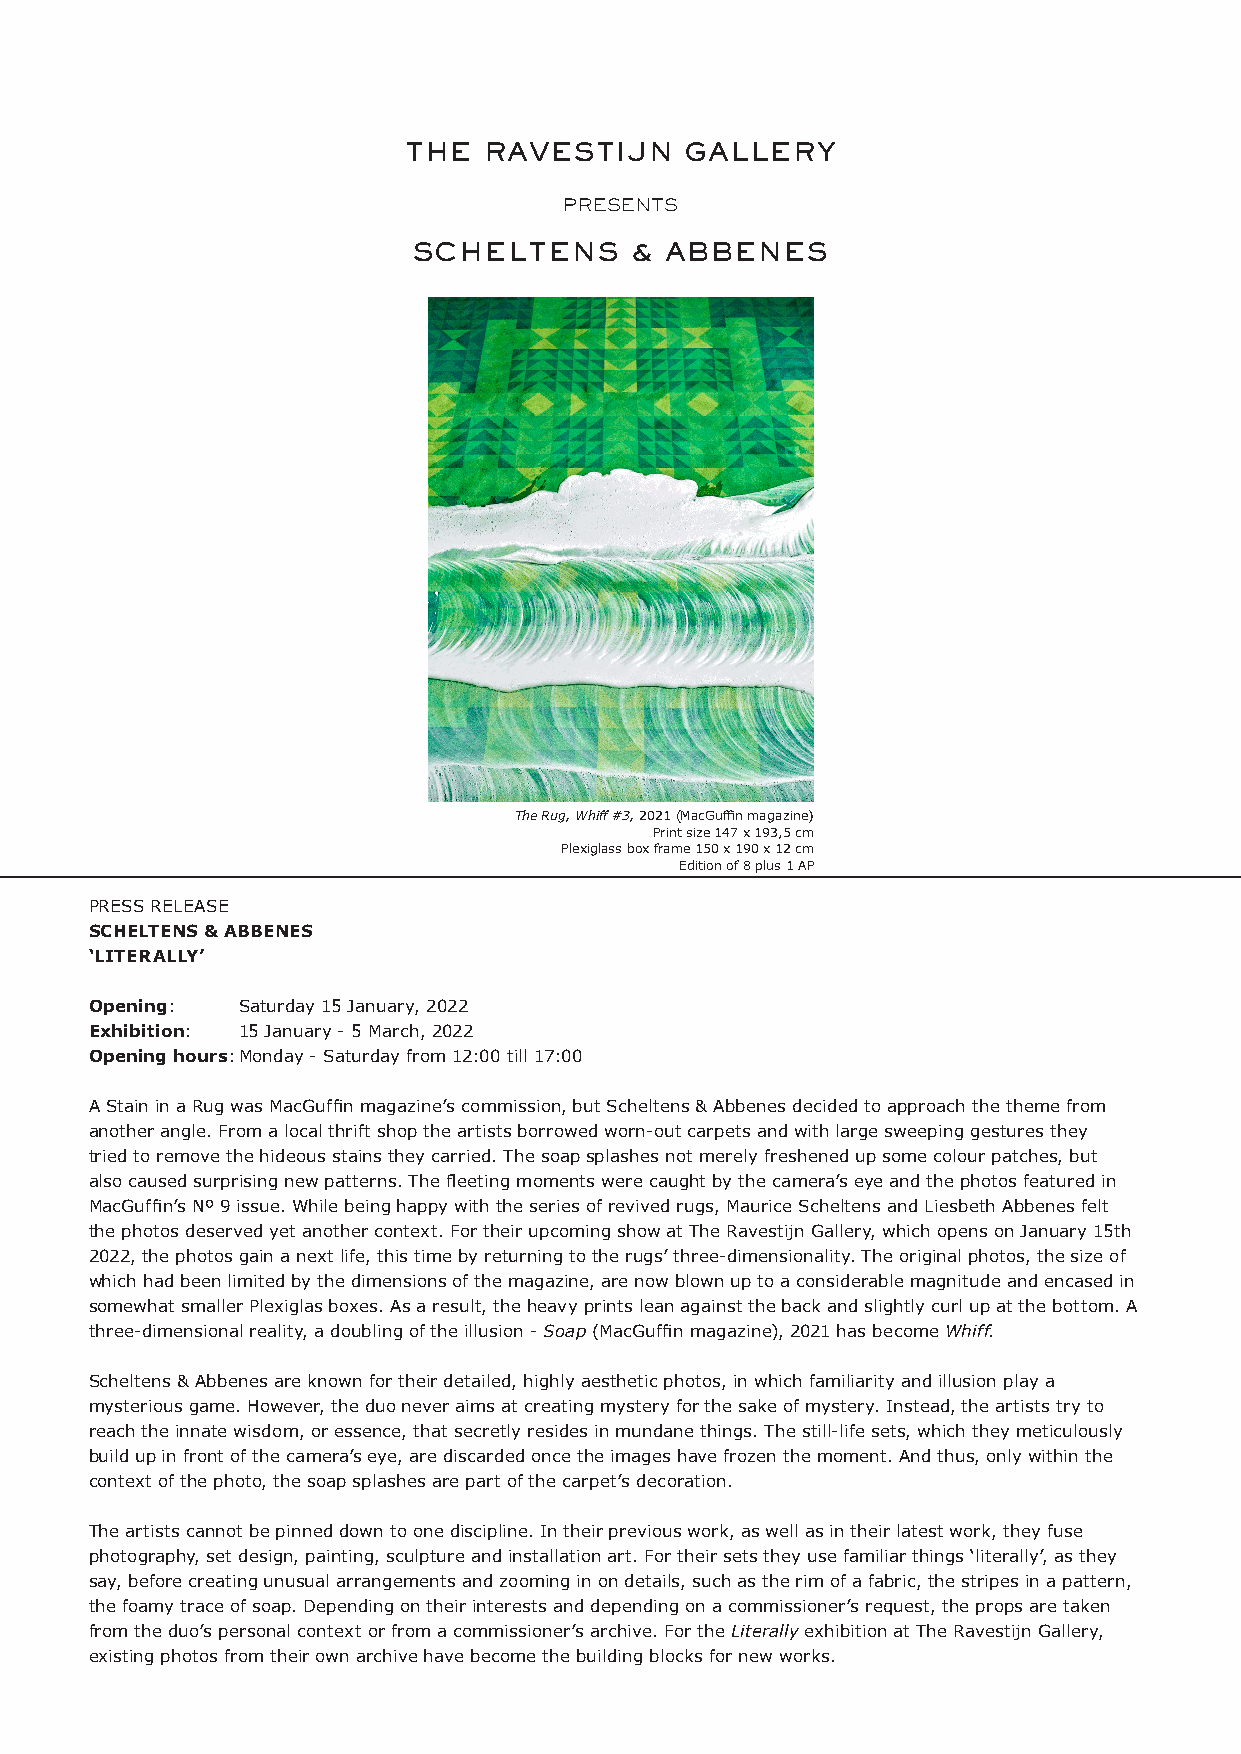
THE  RAVESTIJN    GALLERY
 PRESENTS
 SCHELTENS      & ABBENES
 The Rug, Whiff #3, 2021 (MacGuffin magazine)
 Print size 147 x 193,5 cm
 Plexiglass box frame 150 x 190 x 12 cm
 Edition of 8 plus 1 AP
 PRESS RELEASE
 SCHELTENS & ABBENES
 ‘LITERALLY’
 Opening:  Saturday 15 January, 2022
 Exhibition: 15 January - 5 March, 2022
 Opening hours: Monday - Saturday from 12:00 till 17:00
 A Stain in a Rug was MacGuffin magazine’s commission, but Scheltens & Abbenes decided to approach the theme from
 another angle. From a local thrift shop the artists borrowed worn-out carpets and with large sweeping gestures they
 tried to remove the hideous stains they carried. The soap splashes not merely freshened up some colour patches, but
 also caused surprising new patterns. The fleeting moments were caught by the camera’s eye and the photos featured in
 MacGuffin’s Nº 9 issue. While being happy with the series of revived rugs, Maurice Scheltens and Liesbeth Abbenes felt
 the photos deserved yet another context. For their upcoming show at The Ravestijn Gallery, which opens on January 15th
 2022, the photos gain a next life, this time by returning to the rugs’ three-dimensionality. The original photos, the size of
 which had been limited by the dimensions of the magazine, are now blown up to a considerable magnitude and encased in
 somewhat smaller Plexiglas boxes. As a result, the heavy prints lean against the back and slightly curl up at the bottom. A
 three-dimensional reality, a doubling of the illusion - Soap (MacGuffin magazine), 2021 has become Whiff.
 Scheltens & Abbenes are known for their detailed, highly aesthetic photos, in which familiarity and illusion play a
 mysterious game. However, the duo never aims at creating mystery for the sake of mystery. Instead, the artists try to
 reach the innate wisdom, or essence, that secretly resides in mundane things. The still-life sets, which they meticulously
 build up in front of the camera’s eye, are discarded once the images have frozen the moment. And thus, only within the
 context of the photo, the soap splashes are part of the carpet’s decoration.
 The artists cannot be pinned down to one discipline. In their previous work, as well as in their latest work, they fuse
 photography, set design, painting, sculpture and installation art. For their sets they use familiar things ‘literally’, as they
 say, before creating unusual arrangements and zooming in on details, such as the rim of a fabric, the stripes in a pattern,
 the foamy trace of soap. Depending on their interests and depending on a commissioner’s request, the props are taken
 from the duo’s personal context or from a commissioner’s archive. For the Literally exhibition at The Ravestijn Gallery,
 existing photos from their own archive have become the building blocks for new works.